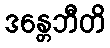
ဒန္တေဘီတိ